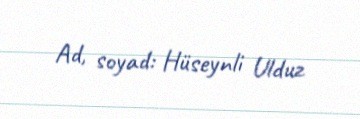
Ad, soyad: Hüseynli Ulduz